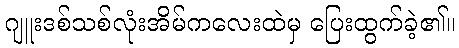
ဂျူးဒစ်သစ်လုံးအိမ်ကလေးထဲမှ ပြေးထွက်ခဲ့၏။